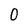
Character: 0